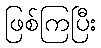
ဖြစ်ကြပြီး